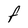
Character: f